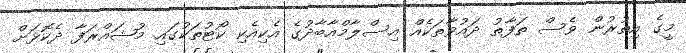
މީގެ އިތުރުން ވެސް ތަފާތު ދައުވާތަކެއް އިސްލާމްއާބާދުގެ އެކިއެކި ކޯޓުތަކުގައި މުޝައްރަފާ ދެކޮޅަށް